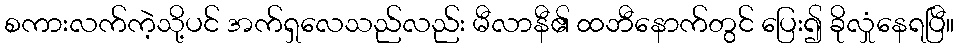
စကားလက်ကဲ့သို့ပင် အက်ရှလေသည်လည်း မီလာနီ၏ ထဘီနောက်တွင် ပြေး၍ ခိုလှုံနေရပြီ။